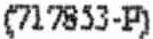
(717853-P)